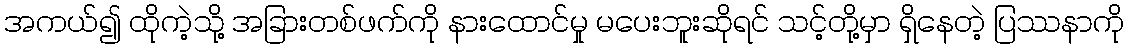
အကယ်၍ ထိုကဲ့သို့ အခြားတစ်ဖက်ကို နားထောင်မှု မပေးဘူးဆိုရင် သင့်တို့မှာ ရှိနေတဲ့ ပြဿနာကို